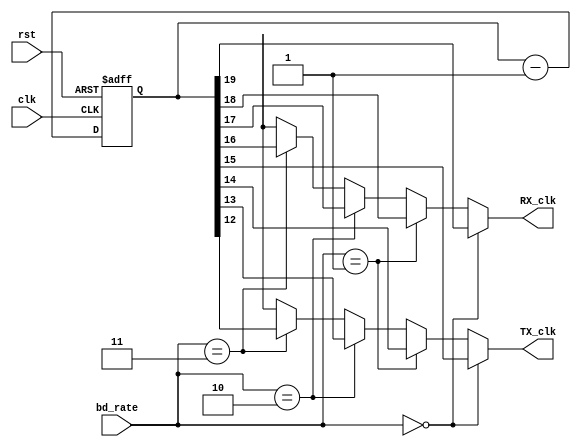
module Baudrate_Generator(bd_rate, clk, rst, TX_clk, RX_clk);
    
    input wire [1:0] bd_rate;
    input wire clk,rst;
    
    output wire TX_clk;
    output wire RX_clk;

// Signal declaration
reg [19:0] q;

always @(posedge clk,posedge rst)
begin
    if(rst) q <= 20'b111_111_111_111_111_111_111_111;    
    else    q <= q - 20'b1;
end

assign RX_clk = (bd_rate == 2'b00) ? q[19] :        // Baud-rate 1200 RX
                (bd_rate == 2'b01) ? q[18] :        // Baud-rate 2400 RX
                (bd_rate == 2'b10) ? q[17] :        // Baud-rate 4800 RX
                (bd_rate == 2'b11) ? q[16] : 2'bx;  // Baud-rate 9600 RX

assign TX_clk = (bd_rate == 2'b00) ? q[15] :        // Baud-rate 1200 TX
                (bd_rate == 2'b01) ? q[14] :        // Baud-rate 2400 TX
                (bd_rate == 2'b10) ? q[13] :        // Baud-rate 4800 TX
                (bd_rate == 2'b11) ? q[12] : 2'bx;  // Baud-rate 9600 TX
                                

endmodule